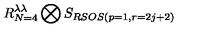
R _ { N = 4 } ^ { \lambda \lambda } \bigotimes S _ { R S O S ( p = 1 , r = 2 j + 2 ) }